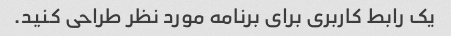
یک رابط کاربری برای برنامه مورد نظر طراحی کنید.